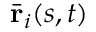
\bar { \mathbf { r } } _ { i } ( s , t )